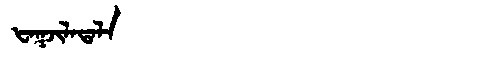
Manchu: ᡶᠠᡴᠵᡳᠯᠠᡨᠠᠯᠠ
Romanization: FAKJILATALA